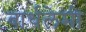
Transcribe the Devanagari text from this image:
बार्थलेमी